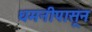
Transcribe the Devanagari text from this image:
धमनीपासून